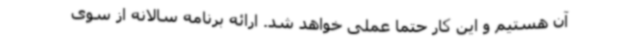
آن هستیم و این کار حتما عملی خواهد شد. ارائه برنامه سالانه از سوی